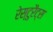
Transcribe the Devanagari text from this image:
रेस्टुरैंट्स